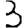
Digit: 3